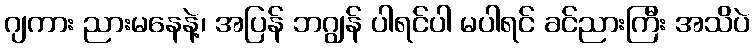
ဂျကား ညားမနေနဲ့၊ အပြန် ဘဂျွန် ပါရင်ပါ မပါရင် ခင်ညားကြီး အသိပဲ